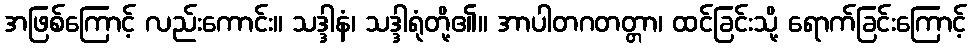
အဖြစ်ကြောင့် လည်းကောင်း။ သဒ္ဒါနံ၊ သဒ္ဒါရုံတို့၏။ အာပါတဂတတ္တာ၊ ထင်ခြင်းသို့ ရောက်ခြင်းကြောင့်